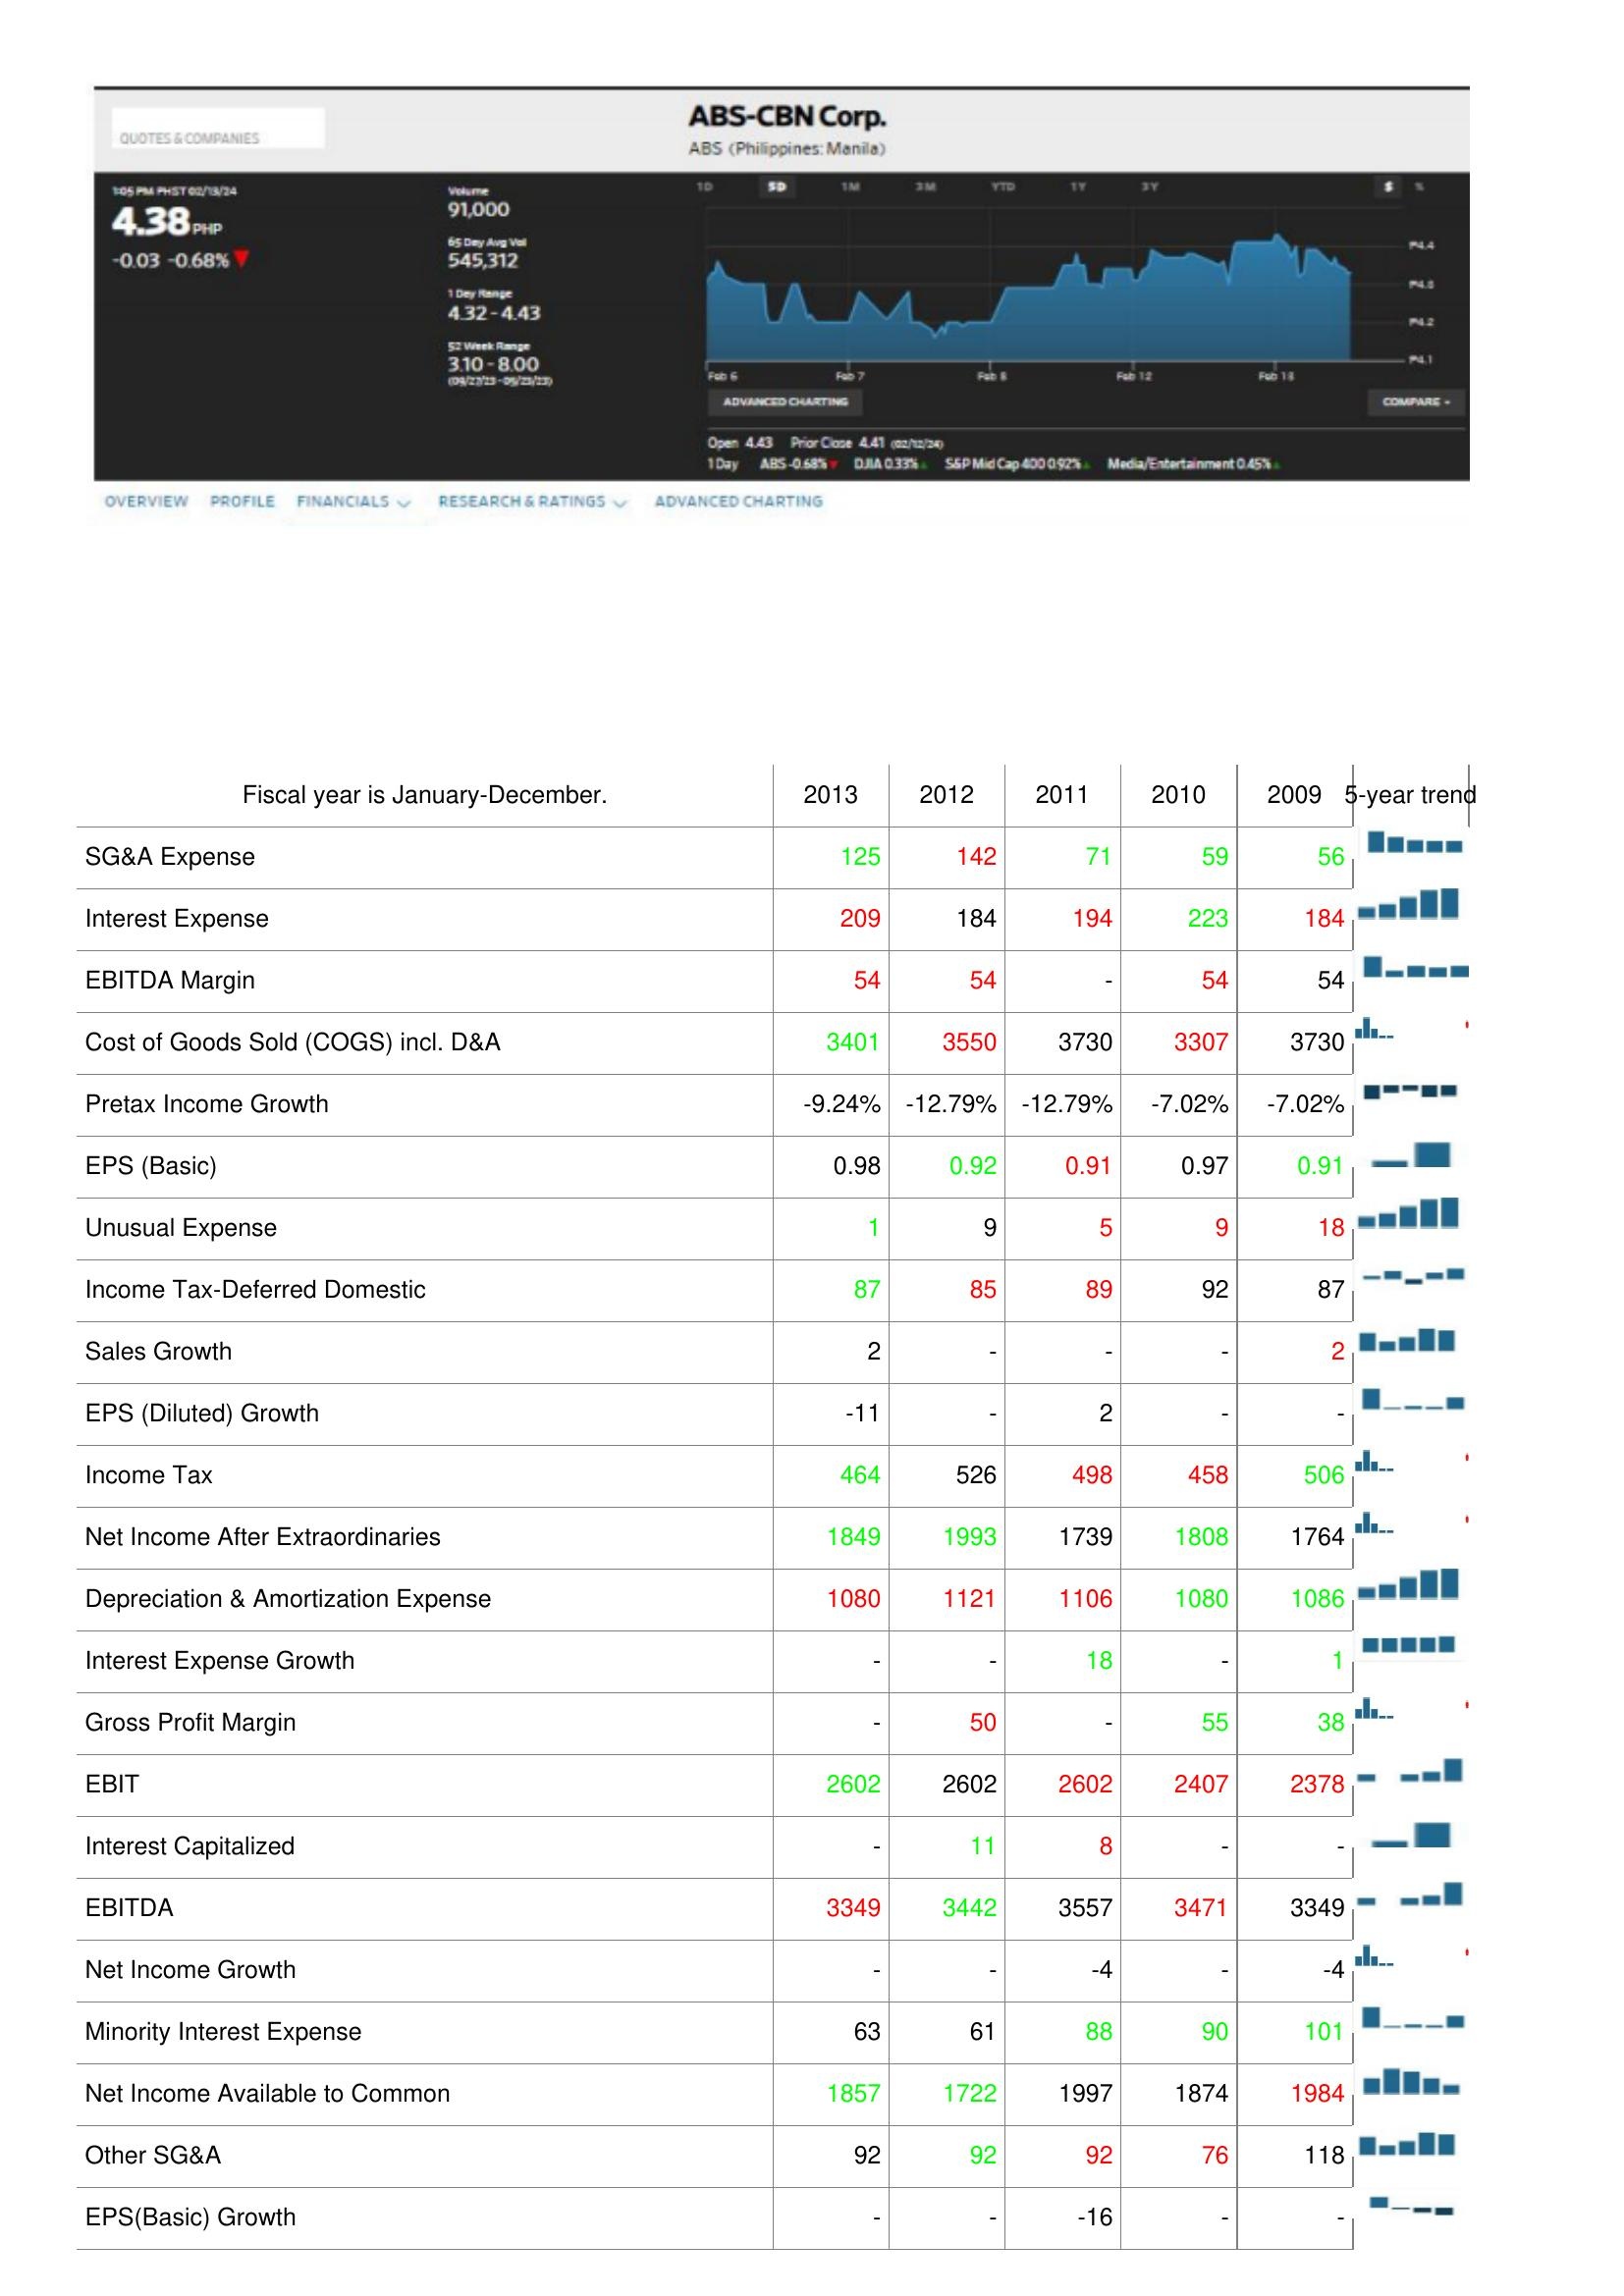
2013: : SG&A Expense: 125
Interest Expense: 209
EBITDA Margin: 54
Cost of Goods Sold (COGS) incl. D&A: 3401
Pretax Income Growth: -9.24%
EPS (Basic): 0.98
Unusual Expense: 1
Income Tax-Deferred Domestic: 87
Sales Growth: 2
EPS (Diluted) Growth: -11
Income Tax: 464
Net Income After Extraordinaries: 1849
Depreciation & Amortization Expense: 1080
Interest Expense Growth: -
Gross Profit Margin: -
EBIT: 2602
Interest Capitalized: -
EBITDA: 3349
Net Income Growth: -
Minority Interest Expense: 63
Net Income Available to Common: 1857
Other SG&A: 92
EPS(Basic) Growth: -
2012: : SG&A Expense: 142
Interest Expense: 184
EBITDA Margin: 54
Cost of Goods Sold (COGS) incl. D&A: 3550
Pretax Income Growth: -12.79%
EPS (Basic): 0.92
Unusual Expense: 9
Income Tax-Deferred Domestic: 85
Sales Growth: -
EPS (Diluted) Growth: -
Income Tax: 526
Net Income After Extraordinaries: 1993
Depreciation & Amortization Expense: 1121
Interest Expense Growth: -
Gross Profit Margin: 50
EBIT: 2602
Interest Capitalized: 11
EBITDA: 3442
Net Income Growth: -
Minority Interest Expense: 61
Net Income Available to Common: 1722
Other SG&A: 92
EPS(Basic) Growth: -
2011: : SG&A Expense: 71
Interest Expense: 194
EBITDA Margin: -
Cost of Goods Sold (COGS) incl. D&A: 3730
Pretax Income Growth: -12.79%
EPS (Basic): 0.91
Unusual Expense: 5
Income Tax-Deferred Domestic: 89
Sales Growth: -
EPS (Diluted) Growth: 2
Income Tax: 498
Net Income After Extraordinaries: 1739
Depreciation & Amortization Expense: 1106
Interest Expense Growth: 18
Gross Profit Margin: -
EBIT: 2602
Interest Capitalized: 8
EBITDA: 3557
Net Income Growth: -4
Minority Interest Expense: 88
Net Income Available to Common: 1997
Other SG&A: 92
EPS(Basic) Growth: -16
2010: : SG&A Expense: 59
Interest Expense: 223
EBITDA Margin: 54
Cost of Goods Sold (COGS) incl. D&A: 3307
Pretax Income Growth: -7.02%
EPS (Basic): 0.97
Unusual Expense: 9
Income Tax-Deferred Domestic: 92
Sales Growth: -
EPS (Diluted) Growth: -
Income Tax: 458
Net Income After Extraordinaries: 1808
Depreciation & Amortization Expense: 1080
Interest Expense Growth: -
Gross Profit Margin: 55
EBIT: 2407
Interest Capitalized: -
EBITDA: 3471
Net Income Growth: -
Minority Interest Expense: 90
Net Income Available to Common: 1874
Other SG&A: 76
EPS(Basic) Growth: -
2009: : SG&A Expense: 56
Interest Expense: 184
EBITDA Margin: 54
Cost of Goods Sold (COGS) incl. D&A: 3730
Pretax Income Growth: -7.02%
EPS (Basic): 0.91
Unusual Expense: 18
Income Tax-Deferred Domestic: 87
Sales Growth: 2
EPS (Diluted) Growth: -
Income Tax: 506
Net Income After Extraordinaries: 1764
Depreciation & Amortization Expense: 1086
Interest Expense Growth: 1
Gross Profit Margin: 38
EBIT: 2378
Interest Capitalized: -
EBITDA: 3349
Net Income Growth: -4
Minority Interest Expense: 101
Net Income Available to Common: 1984
Other SG&A: 118
EPS(Basic) Growth: -